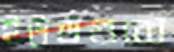
ইউর্ডগুব্বে